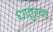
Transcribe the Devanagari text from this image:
धातुखंड